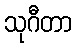
သုဂီတာ